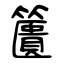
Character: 籄